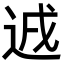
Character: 䢕